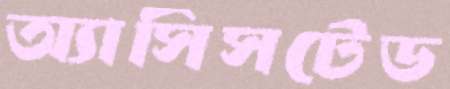
অ্যাসিসটেড